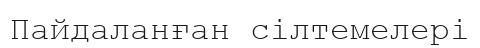
Пайдаланған сілтемелері